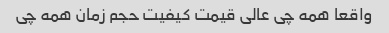
واقعا همه چی عالی قیمت کیفیت حجم زمان همه چی